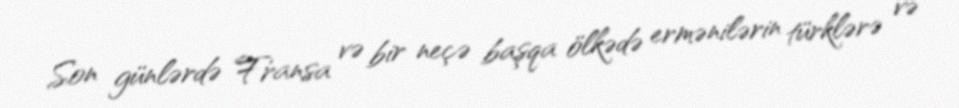
Son günlərdə Fransa və bir neçə başqa ölkədə ermənilərin türklərə və